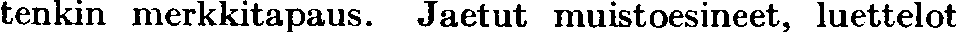
tenkin merkkitapaus. Jaetut muistoesineet, luettelot